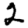
Digit: 2